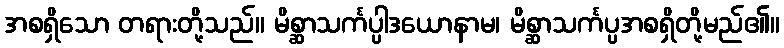
အစရှိသော တရားတို့သည်။ မိစ္ဆာသင်္ကပ္ပါဒယောနာမ၊ မိစ္ဆာသင်္ကပ္ပအစရှိတို့မည်၏။